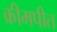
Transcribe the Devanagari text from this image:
क्रीमपीत